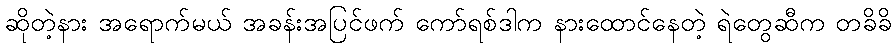
ဆိုတဲ့နား အရောက်မယ် အခန်းအပြင်ဖက် ကော်ရစ်ဒါက နားထောင်နေတဲ့ ရဲတွေဆီက တခိခိ